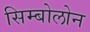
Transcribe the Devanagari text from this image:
सिम्बोलोन